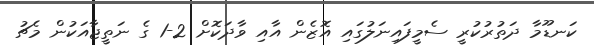
ކަނޑޫމާ ދަތުރުކުރީ ސެމީފައިނަލުގައި އޮޒެން އާއި ވާދަކޮށް 2-1 ގެ ނަތީޖާއަކުން މެޗު